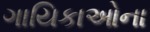
ગાયિકાઓના